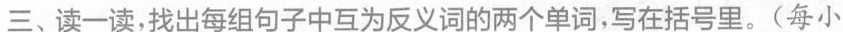
三、读一读，找出每组句子中互为反义词的两个单词，写在括号里。(每小